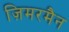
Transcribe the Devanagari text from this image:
ज़िमरमैन